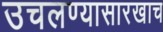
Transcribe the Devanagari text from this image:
उचलण्यासारखाच